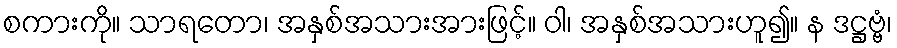
စကားကို။ သာရတော၊ အနှစ်အသားအားဖြင့်။ ဝါ၊ အနှစ်အသားဟူ၍။ န ဒဋ္ဌဗ္ဗံ၊